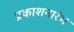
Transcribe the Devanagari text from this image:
प्रकाशनारंभ